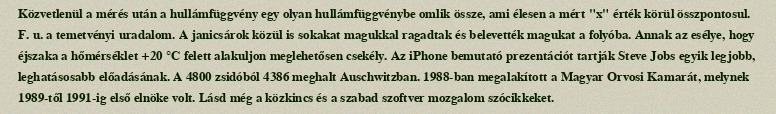
Közvetlenül a mérés után a hullámfüggvény egy olyan hullámfüggvénybe omlik össze, ami élesen a mért "x" érték körül összpontosul. F. u. a temetvényi uradalom. A janicsárok közül is sokakat magukkal ragadtak és belevették magukat a folyóba. Annak az esélye, hogy éjszaka a hőmérséklet +20 °C felett alakuljon meglehetősen csekély. Az iPhone bemutató prezentációt tartják Steve Jobs egyik legjobb, leghatásosabb előadásának. A 4800 zsidóból 4386 meghalt Auschwitzban. 1988-ban megalakított a Magyar Orvosi Kamarát, melynek 1989-től 1991-ig első elnöke volt. Lásd még a közkincs és a szabad szoftver mozgalom szócikkeket.